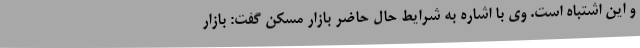
‌و این اشتباه است. وی با اشاره به شرایط حال حاضر بازار مسکن گفت: بازار